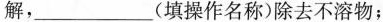
解，___(填操作名称)除去不溶物；